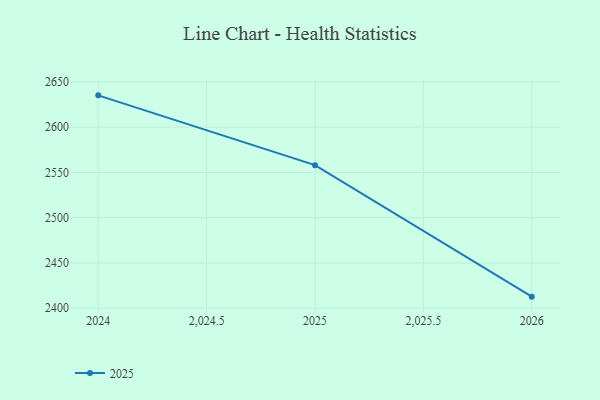
{"axis": {"x": "Year", "y": "Bounce Rate (%)"}, "legend": ["2025"], "data": [{"x": "2024", "y": 2635.1, "type": "2025"}, {"x": "2025", "y": 2558.0, "type": "2025"}, {"x": "2026", "y": 2412.8, "type": "2025"}]}